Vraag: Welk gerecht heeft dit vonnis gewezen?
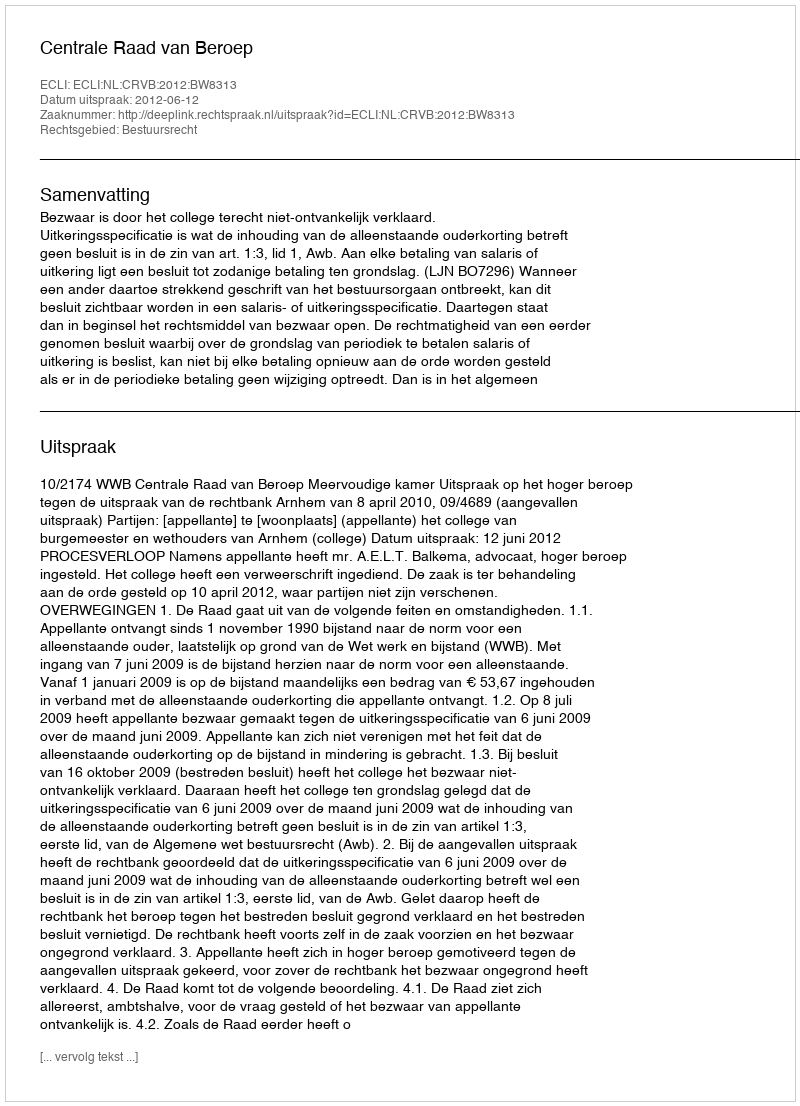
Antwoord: Centrale Raad van Beroep